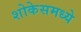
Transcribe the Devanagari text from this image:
शोकेसमध्ये